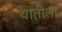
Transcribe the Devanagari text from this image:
यातीला